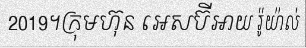
2019។ក្រុមហ៊ុន អេសប៊ីអាយ រ៉ូយ៉ាល់